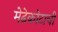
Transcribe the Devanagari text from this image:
मेढेकोटाची